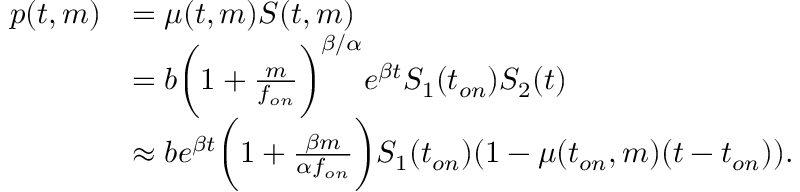
\begin{array} { r l } { p ( t , m ) } & { = \mu ( t , m ) S ( t , m ) } \\ & { = b \bigg ( 1 + \frac { m } { f _ { o n } } \bigg ) ^ { \beta / \alpha } e ^ { \beta t } S _ { 1 } ( t _ { o n } ) S _ { 2 } ( t ) } \\ & { \approx b e ^ { \beta t } \bigg ( 1 + \frac { \beta m } { \alpha f _ { o n } } \bigg ) S _ { 1 } ( t _ { o n } ) ( 1 - \mu ( t _ { o n } , m ) ( t - t _ { o n } ) ) . } \end{array}